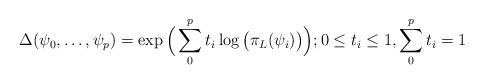
\begin{align*}\Delta(\psi_0,\dots,\psi_{p})=\exp \Big(\sum_{0}^{p} t_i \log \big(\pi_{L}(\psi_i)\big)\Big); 0 \le t_i \le 1,\sum_{0}^{p} t_i=1 \end{align*}